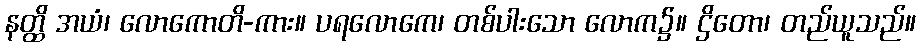
နတ္ထိ အယံ၊ လောကောတိ-ကား။ ပရလောကေ၊ တစ်ပါးသော လောက၌။ ဌိတော၊ တည်ယူသည်။